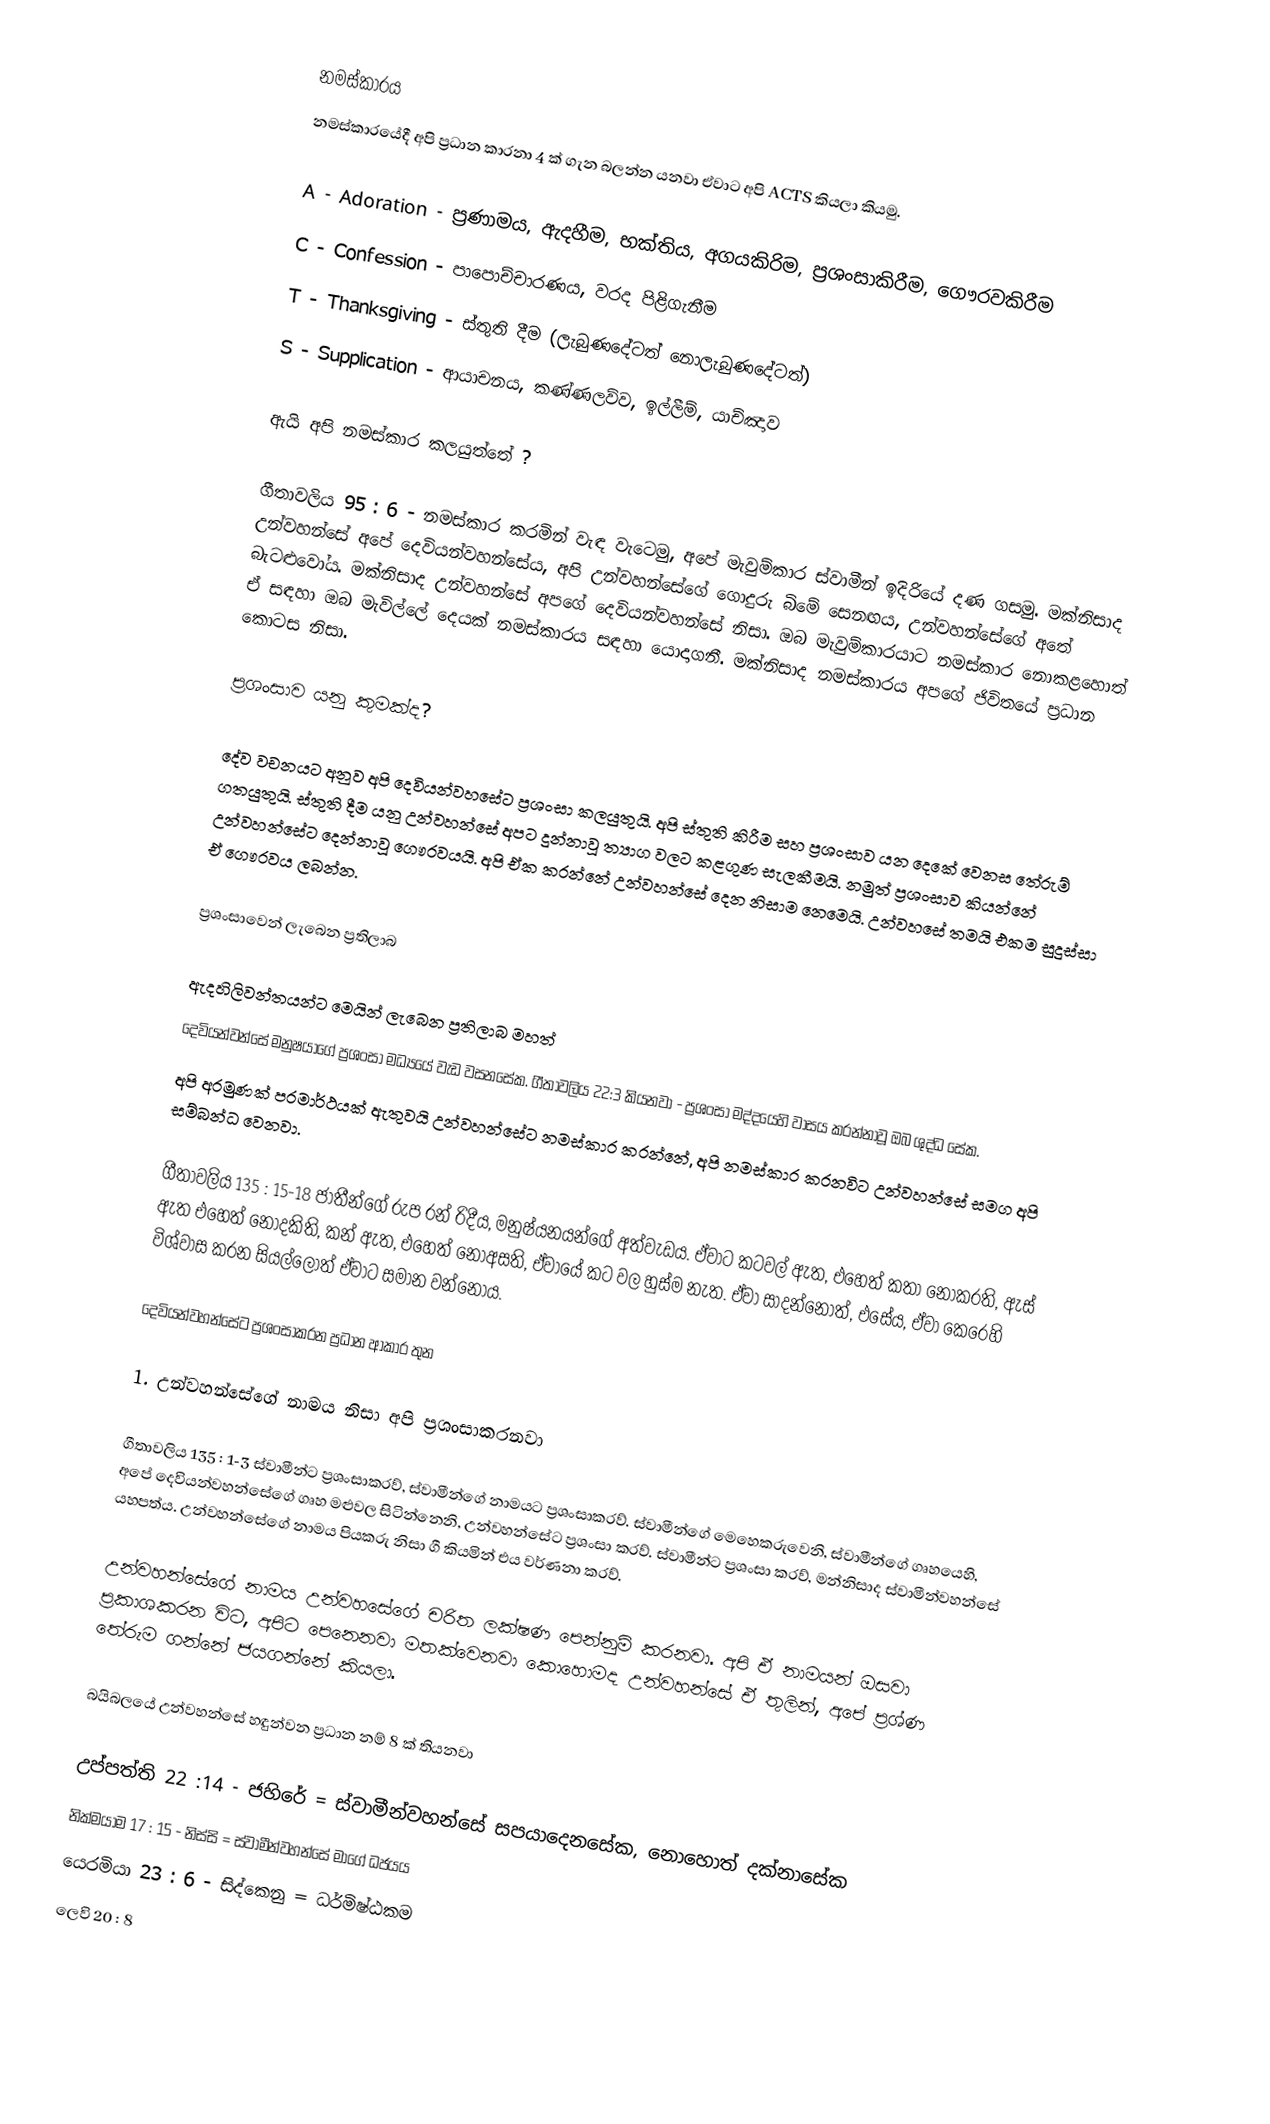
නමස්කාරය
නමස්කාරයේදී අපි ප්‍රධාන කාරනා 4 ක් ගැන බලන්න යනවා ඒවාට අපි ACTS කියලා කියමු.

 A - Adoration - ප්‍රණාමය, ඇදහීම, භක්තිය, අගයකිරිම, ප්‍රශංසාකිරීම, ගෞරවකිරීම
 C - Confession - පාපොච්චාරණය, වරද පිළිගැනීම
 T - Thanksgiving - ස්තුති දීම (ලැබුණදේටත් නොලැබුණදේටත්)
 S - Supplication - ආයාචනය, කණ්ණලව්ව, ඉල්ලීම්, යාච්ඤාව

ඇයි අපි නමස්කාර කලයුත්තේ ?

ගීතාවලිය 95 : 6 - නමස්කාර කරමින් වැඳ වැටෙමු, අපේ මැවුම්කාර ස්වාමීන් ඉදිරියේ දණ ගසමු. මක්නිසාද උන්වහන්සේ අපේ දෙවියන්වහන්සේය, අපි උන්වහන්සේගේ ගොදුරු බිමේ සෙනඟය, උන්වහන්සේගේ අතේ බැටළුවෝය. මක්නිසාද උන්වහන්සේ අපගේ දෙවියන්වහන්සේ නිසා. ඔබ මැවුම්කාරයාට නමස්කාර නොකළහොත් ඒ සඳහා ඔබ මැවිල්ලේ දෙයක් නමස්කාරය සඳහා යොදාගනී. මක්නිසාද නමස්කාරය අපගේ ජිවිතයේ ප්‍රධාන කොටස නිසා.

ප්‍රශංසාව යනු කුමක්ද?

දේව වචනයට අනුව අපි දෙවියන්වහසේට ප්‍රශංසා කලයුතුයි. අපි ස්තුති කිරීම සහ ප්‍රශංසාව යන දෙකේ වෙනස තේරුම් ගතයුතුයි. ස්තුති දීම යනු උන්වහන්සේ අපට දුන්නාවූ ත්‍යාග වලට කළගුණ සැලකීමයි. නමුත් ප්‍රශංසාව කියන්නේ උන්වහන්සේට දෙන්නාවූ ගෞරවයයි. අපි ඒක කරන්නේ උන්වහන්සේ දෙන නිසාම නෙමෙයි. උන්වහසේ තමයි එකම සුදුස්සා ඒ ගෞරවය ලබන්න.

ප්‍රශංසාවෙන් ලැබෙන ප්‍රතිලාබ

ඇදහිලිවන්තයන්ට මෙයින් ලැබෙන ප්‍රතිලාබ මහත්
 දෙවියන්වන්සේ මනුෂයාගේ ප්‍රශංසා මධ්‍යයේ වැඩ වසනසේක. ගීතාවලිය 22:3 කියනවා  - ප්‍රශංසා මද්දයෙහි වාසය කරන්නාවූ ඔබ ශුද්ධ සේක.
 අපි අරමුණක් පරමාර්ථයක් ඇතුවයි උන්වහන්සේට නමස්කාර කරන්නේ, අපි නමස්කාර කරනවිට උන්වහන්සේ සමග අපි සම්බන්ධ වෙනවා.

ගීතාවලිය 135 : 15-18  ජාතීන්ගේ රුප රන් රිදීය, මනුෂ්යනයන්ගේ අත්වැඩය. ඒවාට කටවල් ඇත, එහෙත් කතා නොකරති, ඇස් ඇත එහෙත් නොදකිති, කන් ඇත, එහෙත් නොඅසති, ඒවායේ කට වල හුස්ම නැත. ඒවා සාදන්නොත්, එසේය, ඒවා කෙරෙහි විශ්වාස කරන සියල්ලොත් ඒවාට සමාන වන්නෝය.

දෙවියන්වහන්සේට ප්‍රශංසාකරන ප්‍රධාන ආකාර තුන

1. උන්වහන්සේගේ නාමය නිසා අපි ප්‍රශංසාකරනවා

ගීතාවලිය 135 : 1-3  ස්වාමීන්ට ප්‍රශංසාකරව්, ස්වාමීන්ගේ නාමයට ප්‍රශංසාකරව්. ස්වාමීන්ගේ මෙහෙකරුවෙනි, ස්වාමීන්ගේ ගෘහයෙහි, අපේ දෙවියන්වහන්සේගේ ගෘහ මළුවල සිටින්නෙනි, උන්වහන්සේට ප්‍රශංසා කරව්. ස්වාමීන්ට ප්‍රශංසා කරව්, මන්නිසාද ස්වාමීන්වහන්සේ යහපත්ය. උන්වහන්සේගේ නාමය පියකරු නිසා ගී කියමින් එය වර්ණනා කරව්.

උන්වහන්සේගේ නාමය උන්වහසේගේ චරිත ලක්ෂණ පෙන්නුම් කරනවා. අපි ඒ නාමයන් ඔසවා ප්‍රකාශකරන විට, අපිට පෙනෙනවා මතක්වෙනවා කොහොමද උන්වහන්සේ ඒ තුලින්, අපේ ප්‍රශ්ණ තේරුම ගන්නේ ජයගන්නේ කියලා.

බයිබලයේ උන්වහන්සේ හඳුන්වන ප්‍රධාන නම් 8 ක් තියනවා

 උප්පත්ති 22 :14 - ජහිරේ = ස්වාමීන්වහන්සේ සපයාදෙනසේක, නොහොත් දක්නාසේක
 නික්මයාම 17 : 15 - නිස්සි  =  ස්වාමීන්වහන්සේ මාගේ ධජයය
 යෙරමියා 23 : 6 - සිද්කෙනු = ධර්මිෂ්ඨකම
 ලෙවි 20 : 8